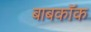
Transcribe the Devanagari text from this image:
बाबकॉक